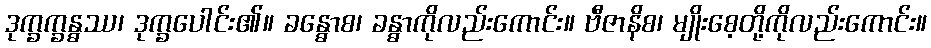
ဒုက္ခက္ခန္ဓဿ၊ ဒုက္ခပေါင်း၏။ ခန္ဓောစ၊ ခန္ဓာကိုလည်းကောင်း။ ဗီဇာနိစ၊ မျိုးစေ့တို့ကိုလည်းကောင်း။